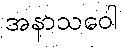
အနာသဝေါ